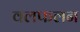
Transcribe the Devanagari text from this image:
वलफलन